[Report on the health of British troops in the Madras command]
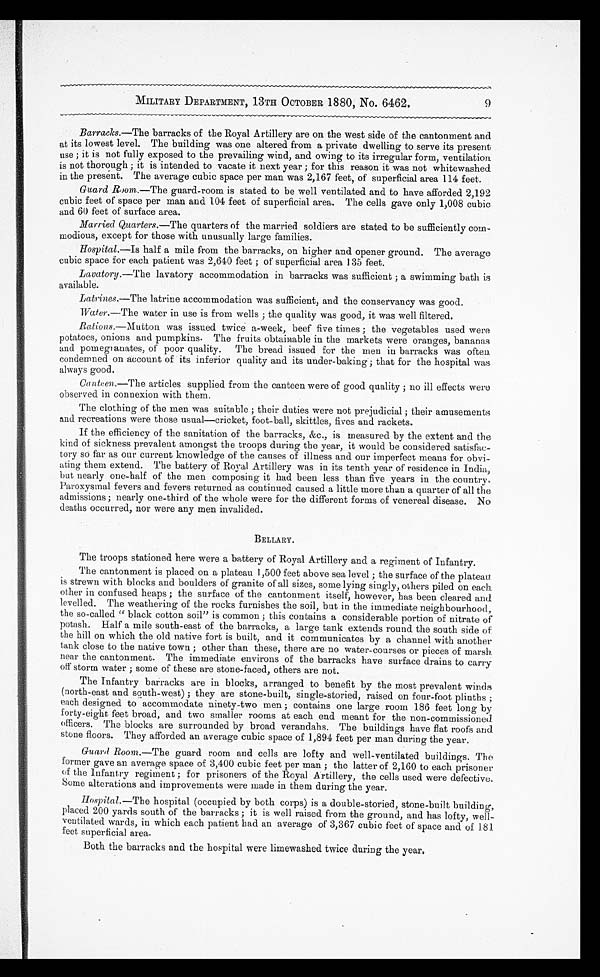
MILITARY DEPARTMENT, 13TH OCTOBER 1880, No. 6462.
9
Barracks. —The barracks of the Royal Artillery are on the west side of the cantonment and
at its lowest level. The building was one altered from a private dwelling to serve its present
use ; it is not fully exposed to the prevailing wind, and owing to its irregular form, ventilation
is not thorough ; it is intended to vacate it next year ; for this reason it was not whitewashed
in the present. The average cubic space per man was 2,167 feet, of superficial area 114 feet.
Guard Room. —The guard-room is stated to be well ventilated and to have afforded 2,192
cubic feet of space per man and 104 feet of superficial area. The cells gave only 1,008 cubic
and 60 feet of surface area.
Married Quarters .—The quarters of the married soldiers are stated to be sufficiently com
-modious, except for those with unusually large families.
Hospital.—Is half a mile from the barracks, on higher and opener ground. The average
cubic space for each patient was 2,640 feet ; of superficial area 135 feet.
Lavatory. —The lavatory accommodation in barracks was sufficient ; a swimming bath is
available.
Latrines. —The latrine accommodation was sufficient, and the conservancy was good.
Water.—The water in use is from wells ; the quality was good, it was well filtered.
Rations.—Mutton was issued twice a-week, beef five times ; the vegetables used were
potatoes, onions and pumpkins. The fruits obtainable in the markets were oranges, bananas
and pomegranates, of poor quality. The bread issued for the men in barracks was often
condemned on account of its inferior quality and its under-baking ; that for the hospital was
always good.
Canteen.—The articles supplied from the canteen were of good quality ; no ill effects were
observed in connexion with them.
The clothing of the men was suitable ; their duties were not prejudicial ; their amusements
and recreations were those usual—cricket, foot-ball, skittles, fives and rackets.
If the efficiency of the sanitation of the barracks, &c., is measured by the extent and the
kind of sickness prevalent amongst the troops during the year, it would be considered satisfac
-tory so far as our current knowledge of the causes of illness and our imperfect means for obvi
-ating them extend. The battery of Royal Artillery was in its tenth year of residence in India,
but nearly one-half of the men composing it had been less than five years in the country.
Paroxysmal fevers and fevers returned as continued caused a little more than a quarter of all the
admissions; nearly one-third of the whole were for the different forms of venereal disease. No
deaths occurred, nor were any men invalided.
BELLARY.
The troops stationed here were a battery of Royal Artillery and a regiment of Infantry.
The cantonment is placed on a plateau 1,500 feet above sea level ; the surface of the plateau
is strewn with blocks and boulders of granite of all sizes, some lying singly, others piled on each
other in confused heaps ; the surface of the cantonment itself, however, has been cleared and
levelled. The weathering of the rocks furnishes the soil, but in the immediate neighbourhood,
the so-called " black cotton soil" is common ; this contains a considerable portion of nitrate of
potash. Half a mile south-east of the barracks, a large tank extends round the south side of
the hill on which the old native fort is built, and it communicates by a channel with another
tank close to the native town ; other than these, there are no water-courses or pieces of marsh
near the cantonment. The immediate environs of the barracks have surface drains to carry
off storm water ; some of these are stone-faced, others are not.
The Infantry barracks are in blocks, arranged to benefit by the most prevalent winds
(north-east and south-west) ; they are stone-built, single-storied, raised on four-foot plinths ;
each designed to accommodate ninety-two men ; contains one large room 186 feet long by
forty-eight feet broad, and two smaller rooms at each end meant for the non-commissioned
officers. The blocks are surrounded by broad verandahs. The buildings have flat roofs and
stone floors. They afforded an average cubic space of 1,894 feet per man during the year.
Guard Room. —The guard room and cells are lofty and well-ventilated buildings. The
former gave an average space of 3,400 cubic feet per man ; the latter of 2,160 to each prisoner
of the Infantry regiment ; for prisoners of the Royal Artillery, the cells used were defective.
Some alterations and improvements were made in them during the year.
Hospital. —The hospital (occupied by both corps) is a double-storied, stone-built building,
placed 200 yards south of the barracks ; it is well raised from the ground, and has lofty, well
-ventilated wards, in which each patient had an average of 3,367 cubic feet of space and of 181
feet, superficial area.
Both the barracks and the hospital were limewashed twice during the year.